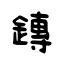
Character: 鏄